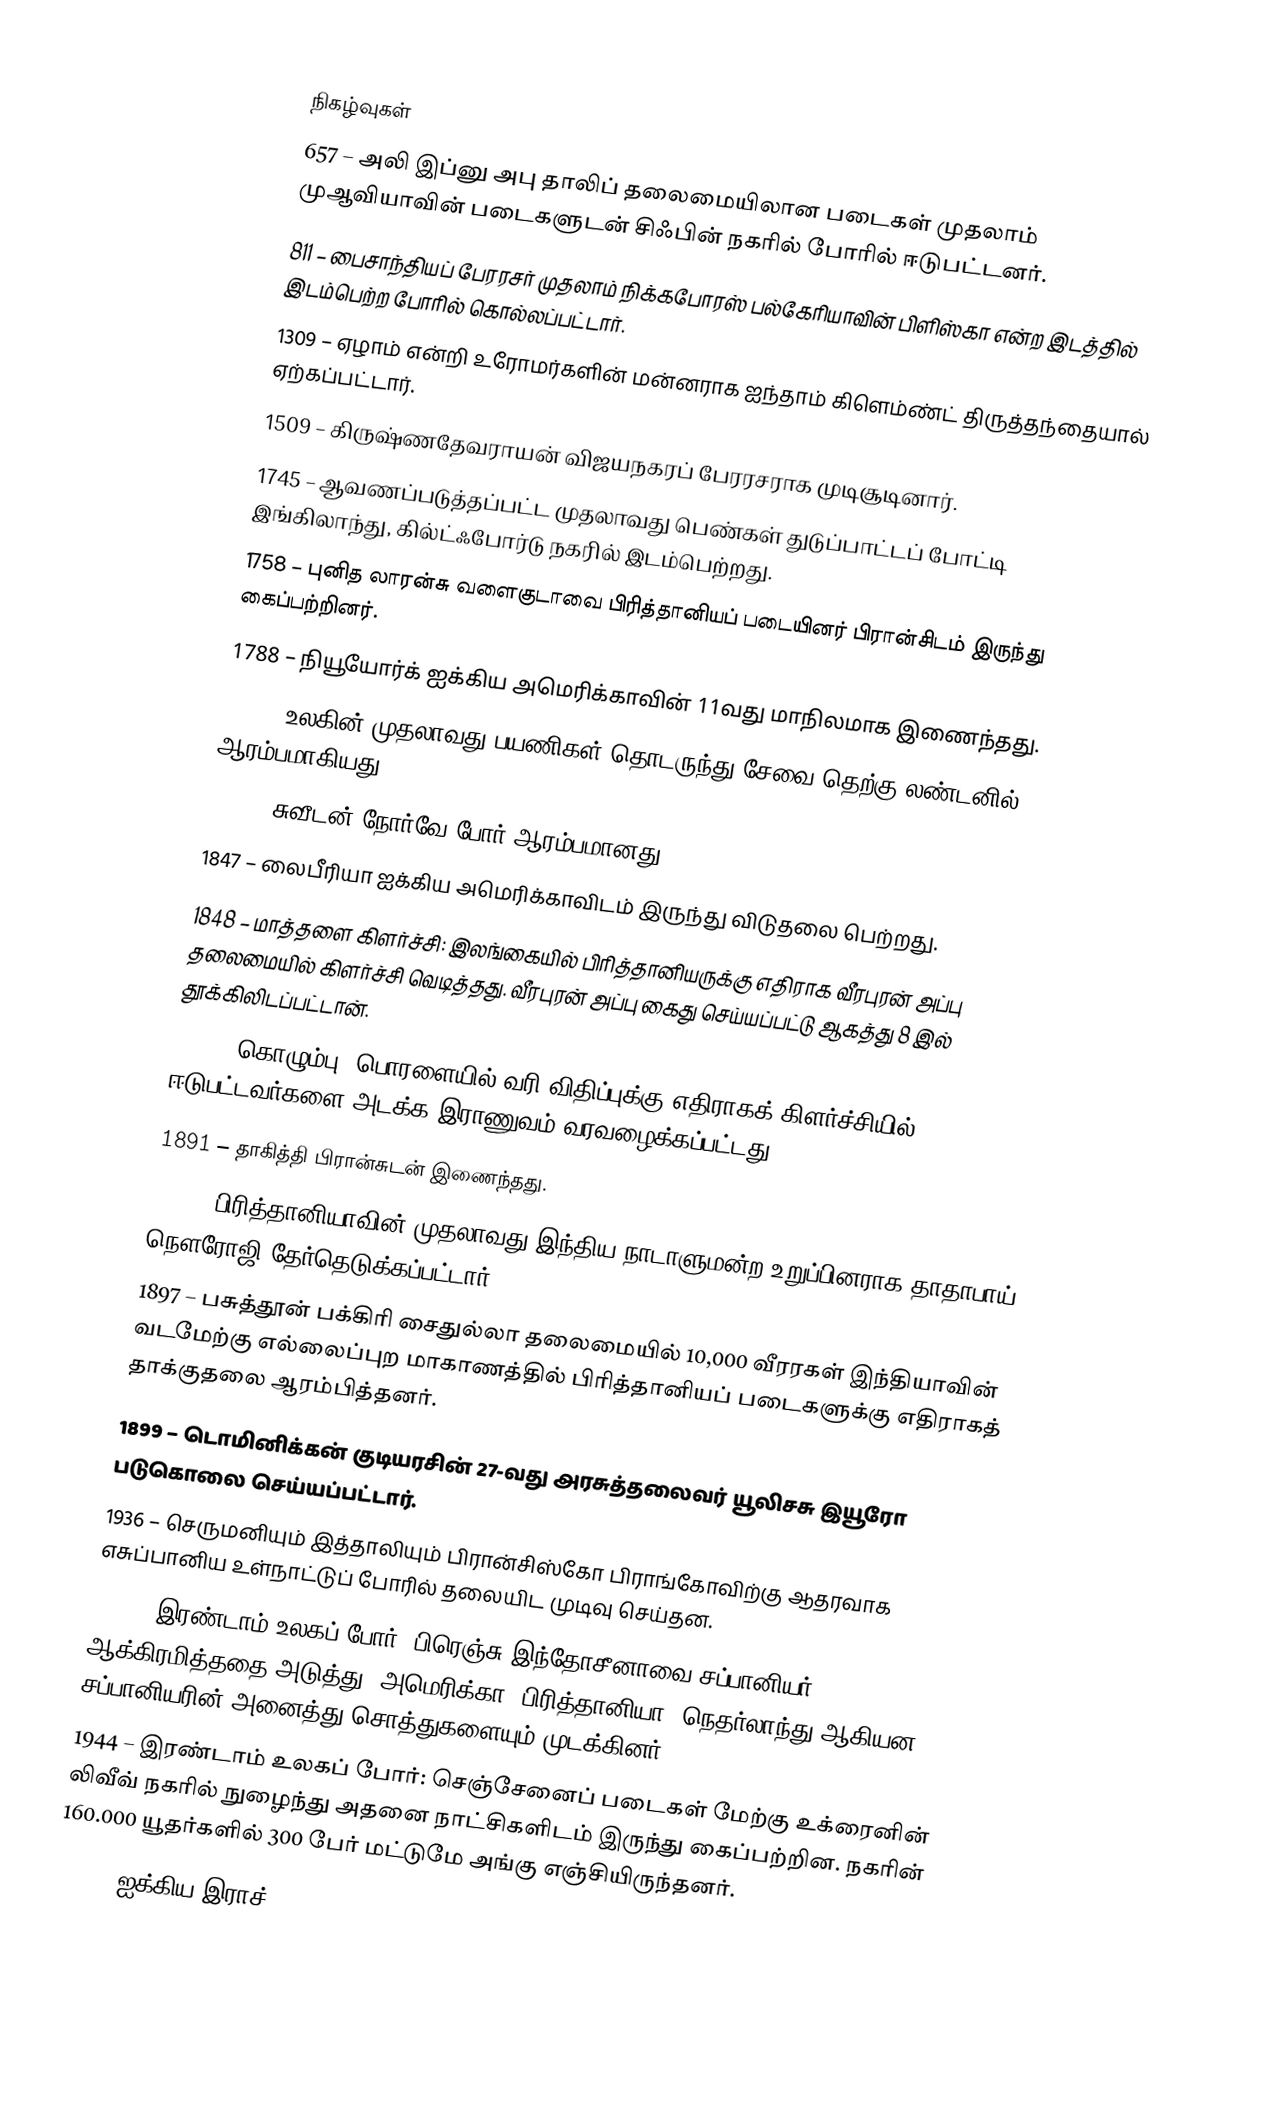

நிகழ்வுகள்
657 – அலி இப்னு அபு தாலிப் தலைமையிலான படைகள் முதலாம் முஆவியாவின் படைகளுடன் சிஃபின் நகரில் போரில் ஈடுபட்டனர்.
811 – பைசாந்தியப் பேரரசர் முதலாம் நிக்கபோரஸ் பல்கேரியாவின் பிளிஸ்கா என்ற இடத்தில் இடம்பெற்ற போரில் கொல்லப்பட்டார்.
1309 – ஏழாம் என்றி உரோமர்களின் மன்னராக ஐந்தாம் கிளெம்ண்ட்  திருத்தந்தையால் ஏற்கப்பட்டார்.
1509 – கிருஷ்ணதேவராயன் விஜயநகரப் பேரரசராக முடிசூடினார்.
1745 – ஆவணப்படுத்தப்பட்ட முதலாவது பெண்கள் துடுப்பாட்டப் போட்டி இங்கிலாந்து, கில்ட்ஃபோர்டு நகரில் இடம்பெற்றது.
1758 – புனித லாரன்சு வளைகுடாவை பிரித்தானியப் படையினர் பிரான்சிடம் இருந்து கைப்பற்றினர்.
1788 – நியூயோர்க் ஐக்கிய அமெரிக்காவின் 11வது மாநிலமாக இணைந்தது.
1803 – உலகின் முதலாவது பயணிகள் தொடருந்து சேவை தெற்கு லண்டனில் ஆரம்பமாகியது.
1814 – சுவீடன்–நோர்வே போர் ஆரம்பமானது.
1847 – லைபீரியா ஐக்கிய அமெரிக்காவிடம் இருந்து விடுதலை பெற்றது.
1848 – மாத்தளை கிளர்ச்சி: இலங்கையில் பிரித்தானியருக்கு எதிராக வீரபுரன் அப்பு தலைமையில் கிளர்ச்சி வெடித்தது. வீரபுரன் அப்பு கைது செய்யப்பட்டு ஆகத்து 8 இல் தூக்கிலிடப்பட்டான்.
1848 – கொழும்பு, பொரளையில் வரி விதிப்புக்கு எதிராகக் கிளர்ச்சியில் ஈடுபட்டவர்களை அடக்க இராணுவம் வரவழைக்கப்பட்டது.
1891 – தாகித்தி பிரான்சுடன் இணைந்தது.
1892 – பிரித்தானியாவின் முதலாவது இந்திய நாடாளுமன்ற உறுப்பினராக தாதாபாய் நௌரோஜி தேர்தெடுக்கப்பட்டார்.
1897 – பசுத்தூன் பக்கிரி சைதுல்லா தலைமையில் 10,000 வீரரகள் இந்தியாவின் வடமேற்கு எல்லைப்புற மாகாணத்தில் பிரித்தானியப் படைகளுக்கு எதிராகத் தாக்குதலை ஆரம்பித்தனர்.
1899 – டொமினிக்கன் குடியரசின் 27-வது அரசுத்தலைவர் யூலிசசு இயூரோ படுகொலை செய்யப்பட்டார்.
1936 – செருமனியும் இத்தாலியும் பிரான்சிஸ்கோ பிராங்கோவிற்கு ஆதரவாக எசுப்பானிய உள்நாட்டுப் போரில் தலையிட முடிவு செய்தன.
1941 – இரண்டாம் உலகப் போர்: பிரெஞ்சு இந்தோசீனாவை சப்பானியர் ஆக்கிரமித்ததை அடுத்து, அமெரிக்கா, பிரித்தானியா, நெதர்லாந்து ஆகியன சப்பானியரின் அனைத்து சொத்துகளையும் முடக்கினர்.
1944 – இரண்டாம் உலகப் போர்: செஞ்சேனைப் படைகள் மேற்கு உக்ரைனின் லிவீவ் நகரில் நுழைந்து அதனை நாட்சிகளிடம் இருந்து கைப்பற்றின. நகரின் 160.000 யூதர்களில் 300 பேர் மட்டுமே அங்கு எஞ்சியிருந்தனர்.
1945 – ஐக்கிய இராச்